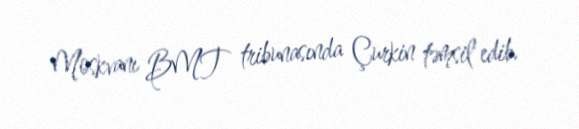
Moskvanı BMT tribunasında Çurkin təmsil edib.